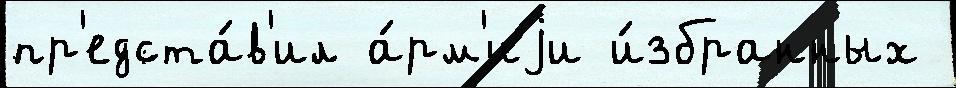
пр'едста́в'ил а́рм'иjи и́збранных